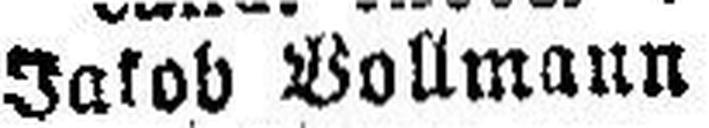
Jakob Vollmann